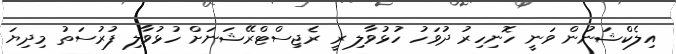
އިލެކްޝަނުން ވަނީ ހޮނިހިރު ދުވަހު ހުޅުވާލި ރީ ރެޖިސްޓްރޭޝަނަށް ހުޅުވާލި ފުރުސަތު މިދިޔަ